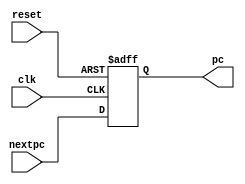


module pc(
    input            clk,reset,
    input  [31:0]    nextpc,
    output reg[31:0] pc
    // input            pcsrc   //the sigal for pc control
 );

always @(posedge clk,posedge reset) begin
    if (reset)
        pc <= 32'b0;
    // else if (pcsrc & ~reset)
    //     pc <= npc; 
    // else if(~pcsrc & ~reset)
    else  
        pc <= nextpc;      
end
endmodule